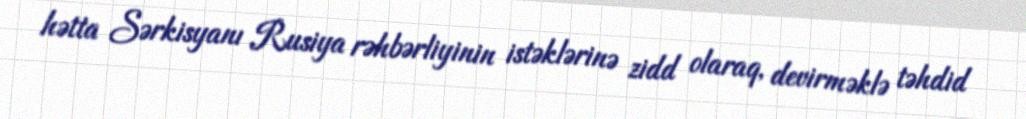
hətta Sərkisyanı Rusiya rəhbərliyinin istəklərinə zidd olaraq, devirməklə təhdid